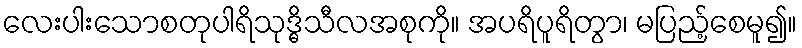
လေးပါးသောစတုပါရိသုဒ္ဓိသီလအစုကို။ အပရိပူရိတွာ၊ မပြည့်စေမူ၍။